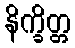
နိက္ခိတ္တ